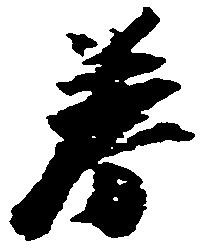
券